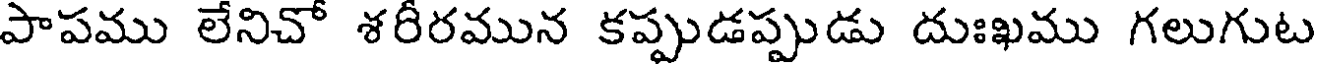
పాపము లేనిచో శరీరమున కప్పుడప్పుడు దుఃఖము గలుగుట